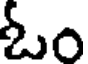
ఓం